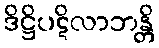
ဒိဋ္ဌိပဋိလာဘန္တိ